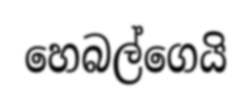
හෙබල්ගෙයි